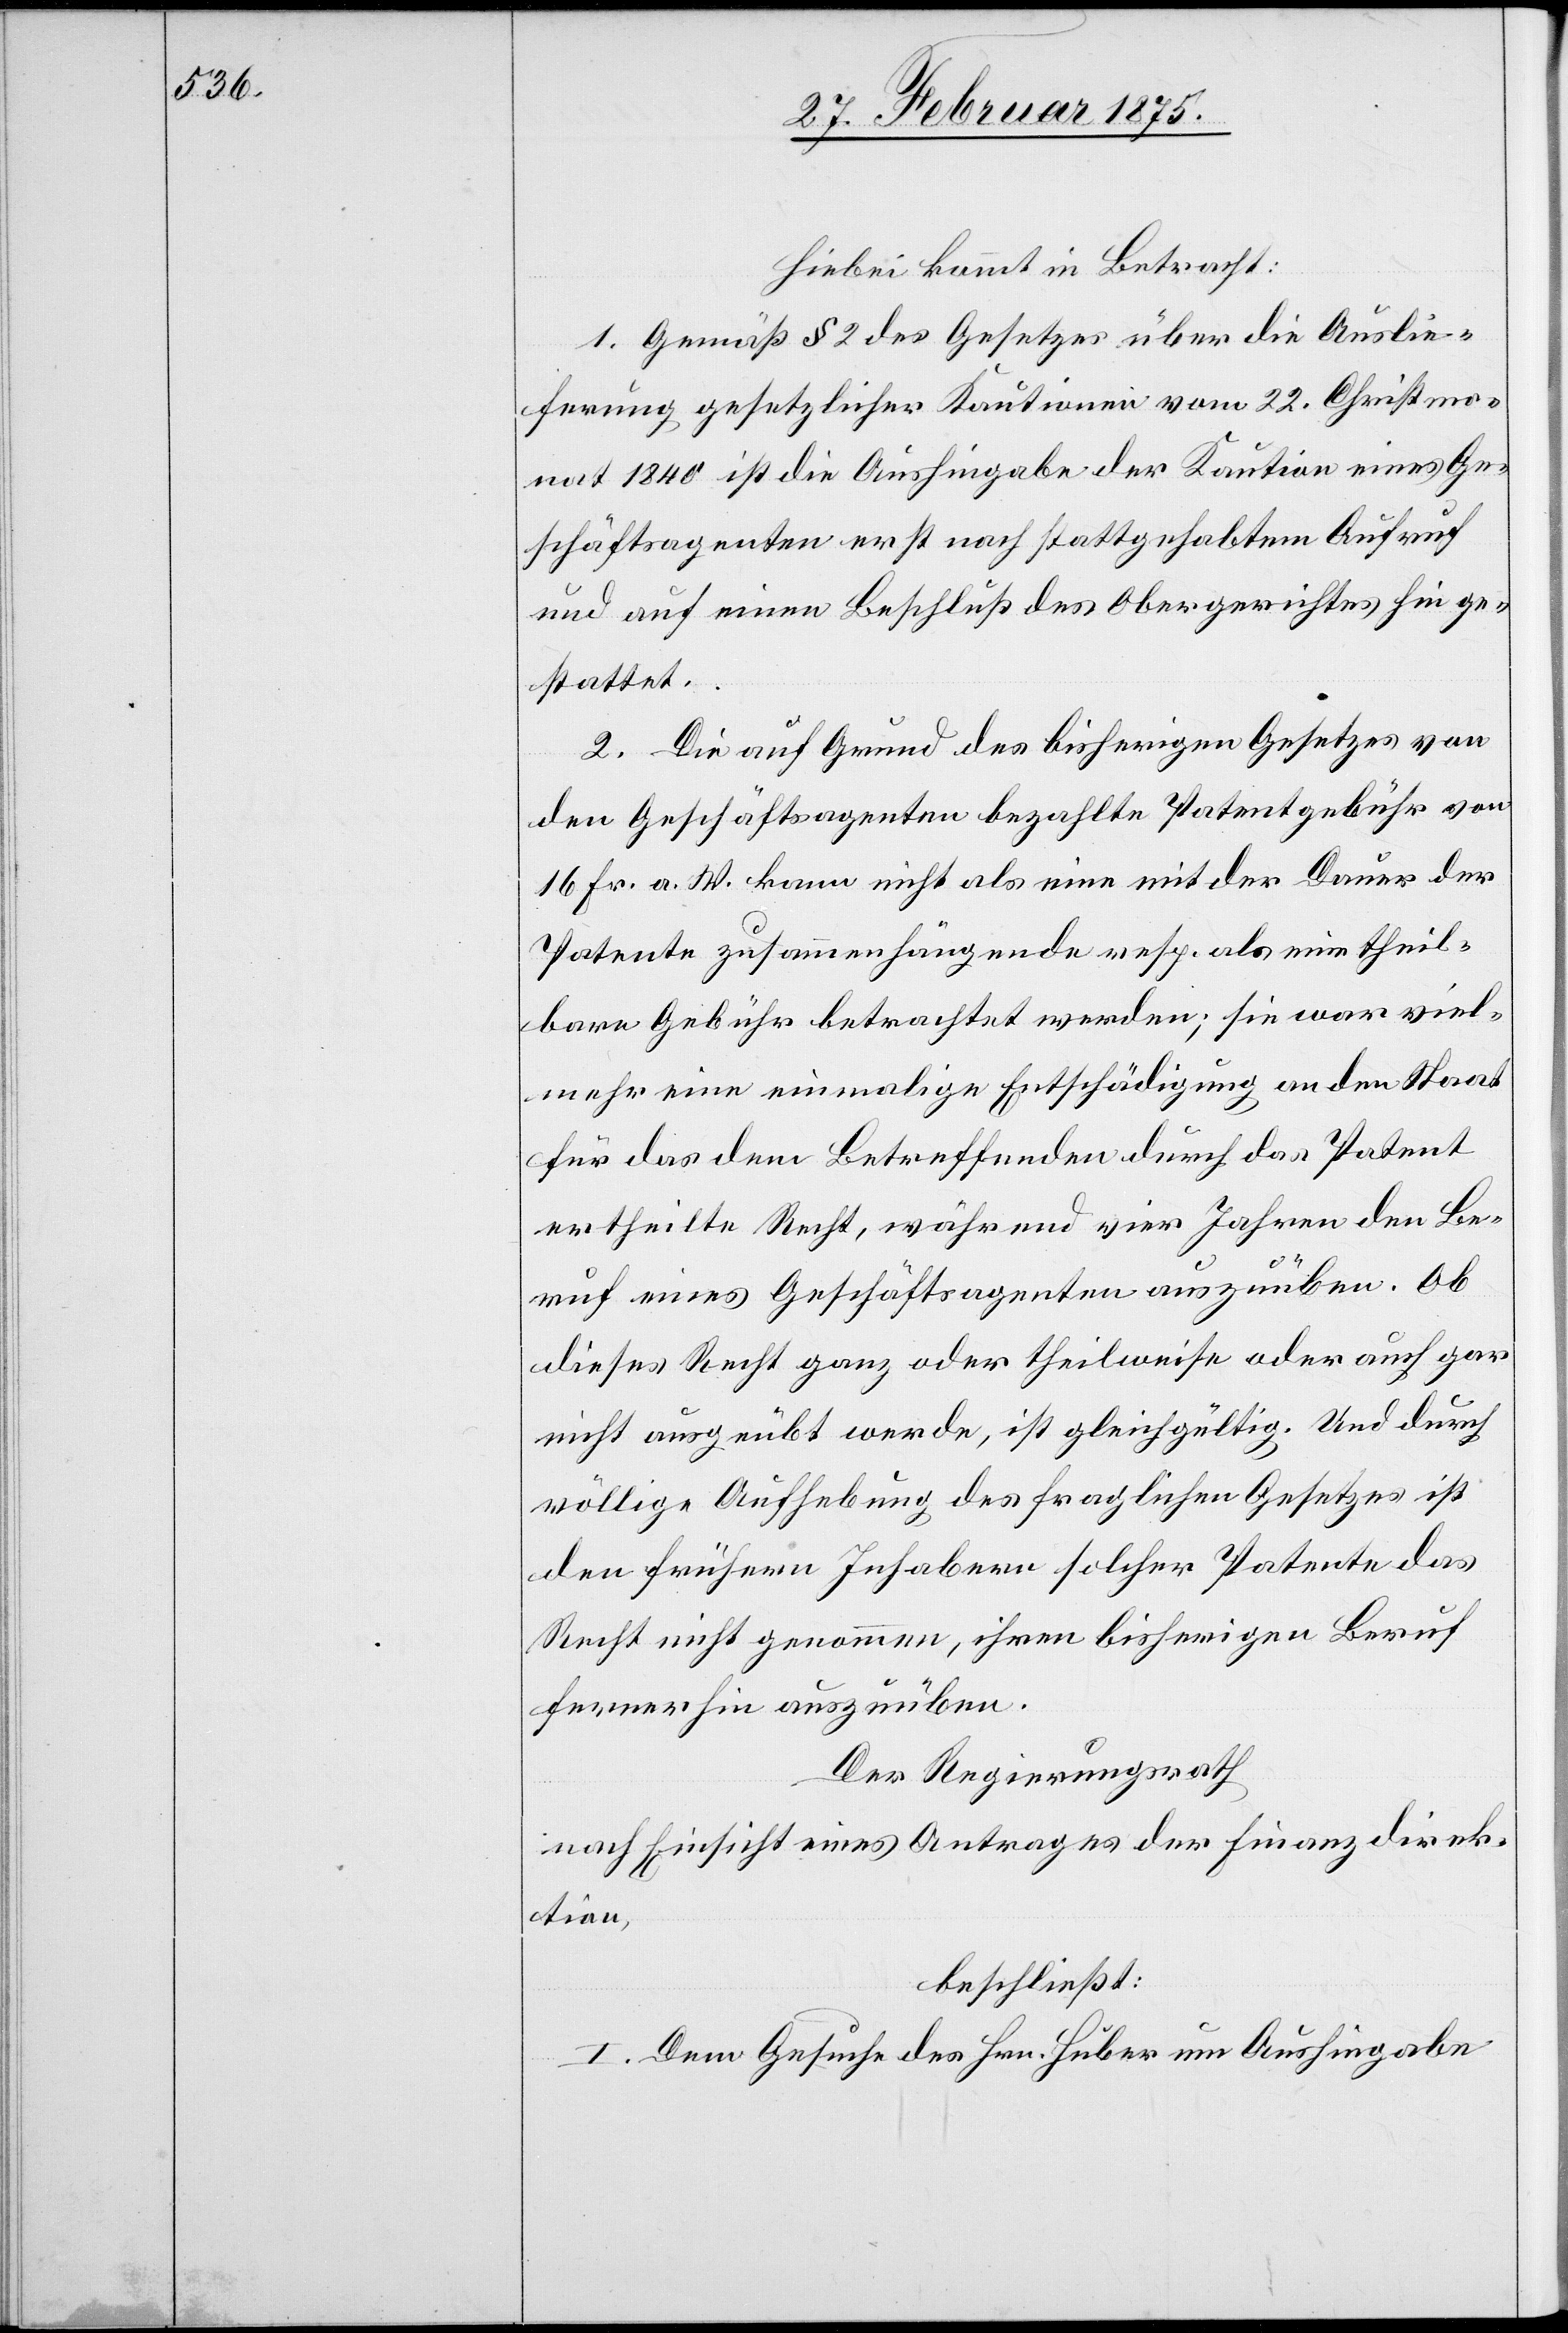
Hiebei kommt in Betracht:
1. Gemäß § 1 des Gesetzes über die Auslie¬
ferung gesetzlicher Kautionen vom 22. Christmo¬
nat 1840 ist die Aushingabe der Kaution eines Ge¬
schäftsagenten erst nach stattgehabtem Aufruf
und auf einen Beschluß des Obergerichtes hin ge¬
stattet.
2. Die auf Grund des bisherigen Gesetzes von
den Geschäftsagenten bezahlte Patentgebühr von
16 Fr. a. W. kann nicht als eine mit der Dauer der
Patente zusammenhängende resp. als ein theil¬
bare Gebühr betrachtet werden; sie war viel¬
mehr eine einmalige Entschädigung an den Staat
für das dem Betreffenden durch das Patent
ertheilte Recht, während vier Jahren den Be¬
ruf eines Geschäftsagenten auszuüben. Ob
dieses Recht ganz oder theilweise oder auch gar
nicht ausgeübt werde, ist gleichgültig. Und durch
völlige Aufhebung des fraglichen Gesetzes ist
den früheren Inhabern solcher Patente das
Recht nicht genommen, ihren bisherigen Beruf
fernerhin auszuüben.
Der Regierungsrath
nach Einsicht eines Antrages der Finanzdirek¬
tion,
beschließt:
I. Dem Gesuche des Hrn. Huber um Aushingabe